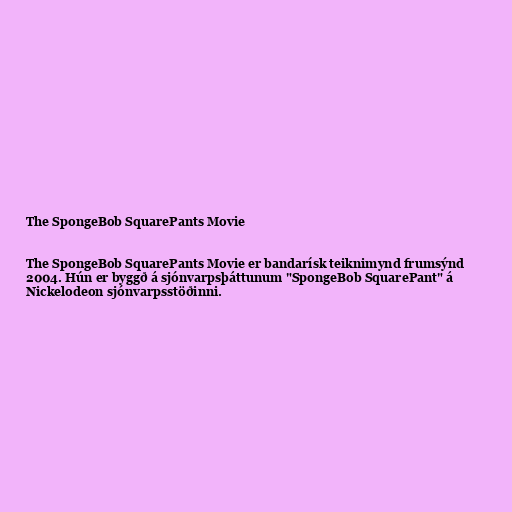
The SpongeBob SquarePants Movie

The SpongeBob SquarePants Movie er bandarísk teiknimynd frumsýnd
2004. Hún er byggð á sjónvarpsþáttunum "SpongeBob SquarePant" á
Nickelodeon sjónvarpsstöðinni.